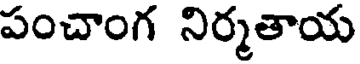
పంచాంగ నిర్మతాయ